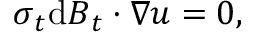
\boldsymbol { \sigma } _ { t } \mathrm { d } \boldsymbol { B } _ { t } \boldsymbol { \cdot } \boldsymbol { \nabla } \boldsymbol { u } = 0 ,